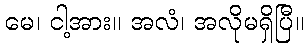
မေ၊ ငါ့အား။ အလံ၊ အလိုမရှိပြီ။